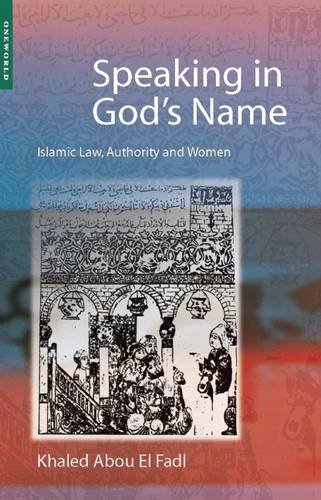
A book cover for Speaking in God's Name: Islamic Law, Authority and Women; Khaled Abou El Fadl; Religion & Spirituality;